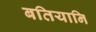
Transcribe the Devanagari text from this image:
बतियानि